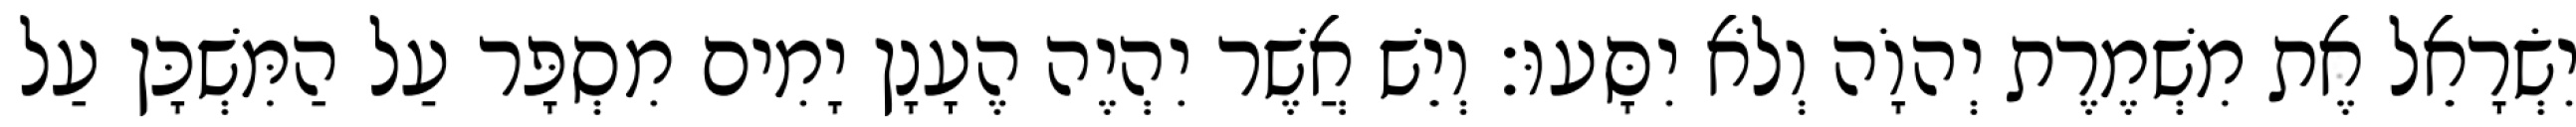
יִשְׂרָאֵל אֶת מִשְׁמֶרֶת יְהוָֹה וְלֹא יִסָּעוּ׃ וְיֵשׁ אֲשֶׁר יִהְיֶה הֶעָנָן יָמִים מִסְפָּר עַל הַמִּשְׁכָּן עַל